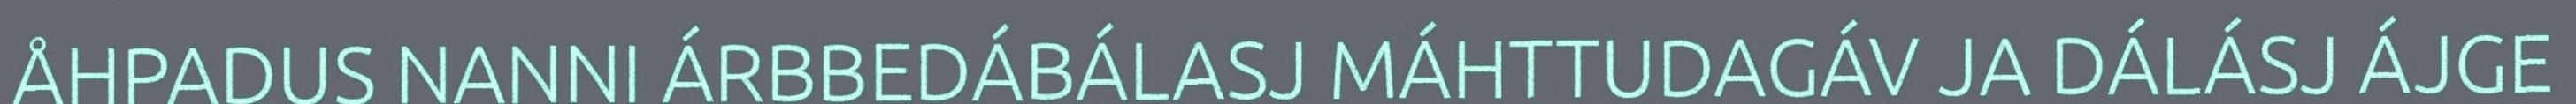
ÅHPADUS NANNI ÁRBBEDÁBÁLASJ MÁHTTUDAGÁV JA DÁLÁSJ ÁJGE